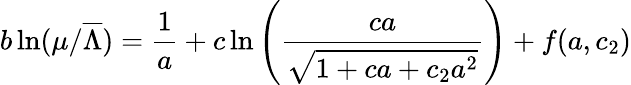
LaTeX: b\ln(\mu/\overline{{{\Lambda}}})=\frac{1}{a}+c\ln\left(\frac{ca}{\sqrt{1+ca+c_{2}a^{2}}}\right)+f(a,c_{2})